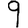
Digit: 9